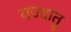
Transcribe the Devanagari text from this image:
यज्धातु